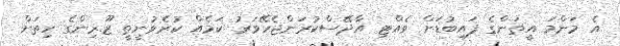
އެ މަންމަ އީތަންގެ ފައިބުޑަށް ވެއްޓި އާދޭސްކުރަންޖެހޭވަރު ކަމެއް ކުރެވުނީތީ ޒޫރިންގެ ހިތަށް